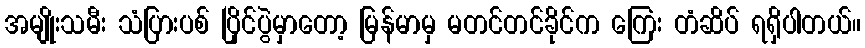
အမျိုးသမီး သံပြားပစ် ပြိုင်ပွဲမှာတော့ မြန်မာမှ မတင်တင်ခိုင်က ကြေး တံဆိပ် ရရှိပါတယ်။